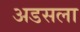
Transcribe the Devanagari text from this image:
अडसला